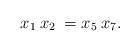
LaTeX: \begin{align*}x_1\> x_2\> = x_5\> x_7. \end{align*}